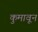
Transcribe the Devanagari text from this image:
कुमावून